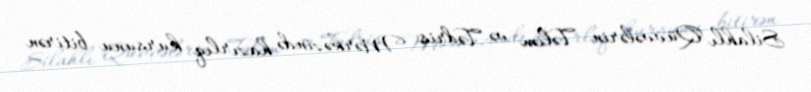
Silahlı Qüvvələrin Təlim və Tədris Mərkəzində hazırlıq kursunu bitirən